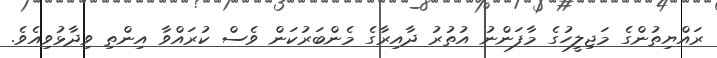
ރައްޔިތުންގެ މަޖިލީހުގެ މާފަންނު އުތުރު ދާއިރާގެ މެންބަރުކަން ވެސް ކުރައްވާ އިންތި ވިދާޅުވިއެވެ.